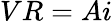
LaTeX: VR=Ai